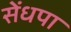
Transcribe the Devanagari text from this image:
सेंधपा